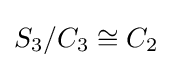
S_{3}/C_{3}\cong C_{2}